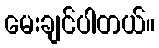
မေးချင်ပါတယ်။